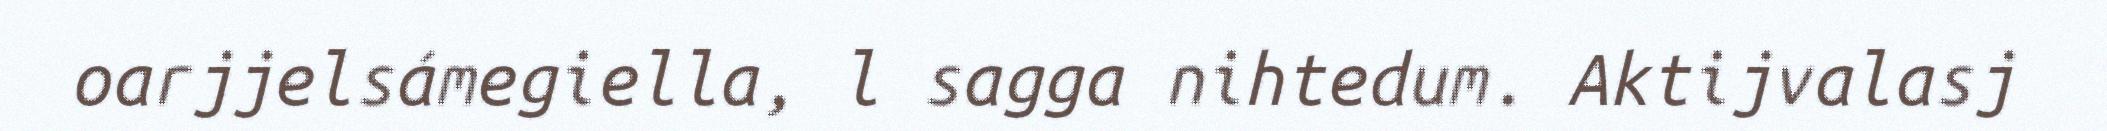
oarjjelsámegiella, l sagga nihtedum. Aktijvalasj